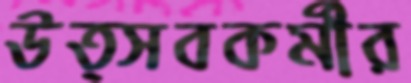
উত্সবকর্মীর